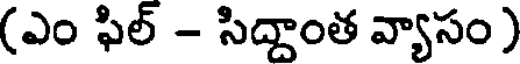
(ఎం ఫిల్ - సిద్ధాంత వ్యాసం )